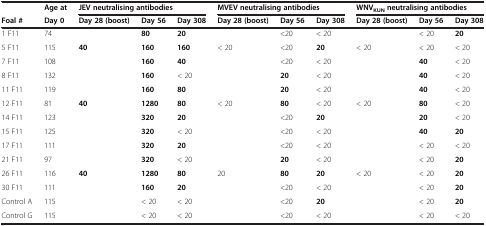
|  | Age at | <COLSPAN=3> JEV neutralising antibodies | <COLSPAN=3> MVEV neutralising antibodies | <COLSPAN=3> WNVKUNneutralising antibodies |
 | Foal # | Day 0 | Day 28 (boost) | Day 56 | Day 308 | Day 28 (boost) | Day 56 | Day 308 | Day 28 (boost) | Day 56 | Day 308 |
 | --- | --- | --- | --- | --- | --- | --- | --- | --- | --- | --- |
 | 1 F11 | 74 |  | 80 | 20 |  | <20 | < 20 |  | < 20 | 20 |
 | 5 F11 | 115 | 40 | 160 | 160 | < 20 | <20 | 20 | < 20 | < 20 | < 20 |
 | 7 F11 | 108 |  | 160 | 40 |  | <20 | < 20 |  | 40 | < 20 |
 | 8 F11 | 132 |  | 160 | < 20 |  | 20 | < 20 |  | 40 | < 20 |
 | 11 F11 | 119 |  | 160 | 80 |  | 20 | < 20 |  | 40 | < 20 |
 | 12 F11 | 81 | 40 | 1280 | 80 | < 20 | 80 | < 20 | < 20 | 80 | < 20 |
 | 14 F11 | 123 |  | 320 | 20 |  | <20 | 20 |  | 20 | < 20 |
 | 15 F11 | 125 |  | 320 | < 20 |  | <20 | < 20 |  | 40 | 20 |
 | 17 F11 | 111 |  | 320 | 20 |  | <20 | < 20 |  | < 20 | < 20 |
 | 21 F11 | 97 |  | 320 | < 20 |  | 20 | < 20 |  | < 20 | 20 |
 | 26 F11 | 116 | 40 | 1280 | 80 | 20 | 80 | 20 | < 20 | < 20 | 20 |
 | 30 F11 | 111 |  | 160 | 20 |  | <20 | < 20 |  | < 20 | 20 |
 | Control A | 115 |  | < 20 | < 20 |  | <20 | 20 |  | < 20 | 20 |
 | Control G | 115 |  | < 20 | < 20 |  | <20 | < 20 |  | < 20 | < 20 |